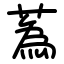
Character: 蒍